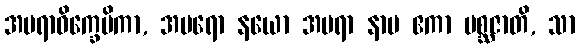
အမရာဝိက္ခေပိကာ, အပရော နယော အမရာ နာမ ဧကာ မစ္ဆဇာတိ, သာ